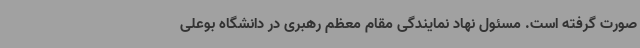
صورت گرفته است. مسئول نهاد نمایندگی مقام معظم رهبری در دانشگاه بوعلی